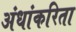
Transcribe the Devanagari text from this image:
अंधांकरिता